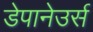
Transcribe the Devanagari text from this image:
डेपानेउर्स